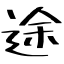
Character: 途